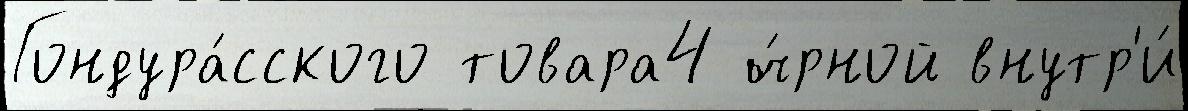
Гондура́сского товара4 ч́рной внутр'и́